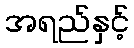
အရည်နှင့်